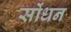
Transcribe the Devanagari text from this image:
सोंधन